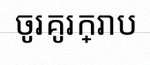
ចូរគូរក្រាប